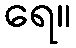
ရေ။